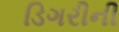
ડિગરીની